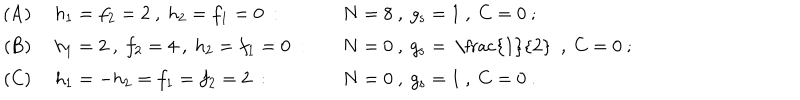
\begin{array} { r l l } { { \mathrm { ( A ) } \ } } & { { h _ { 1 } = f _ { 2 } = 2 \ , \ h _ { 2 } = f _ { 1 } = 0 \ : \quad } } & { { N = 8 \ , \ g _ { \mathrm { s } } = 1 \ , \ C = 0 \ ; \nonumber } } \\ { { \mathrm { ( B ) } \ } } & { { h _ { 1 } = 2 \ , \ f _ { 2 } = 4 \ , \ h _ { 2 } = f _ { 1 } = 0 \ : \quad } } & { { N = 0 \ , \ g _ { \mathrm { s } } = \mathrm { ~ \frac { 1 } { 2 } ~ } \ , \ C = 0 \ ; \nonumber } } \\ { { \mathrm { ( C ) } \ } } & { { h _ { 1 } = - h _ { 2 } = f _ { 1 } = f _ { 2 } = 2 \ : \quad } } & { { N = 0 \ , \ g _ { \mathrm { s } } = 1 \ , \ C = 0 \ . } } \\ \end{array}